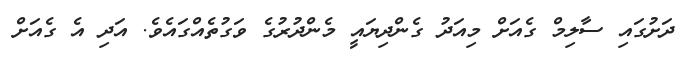
ދަށުގައި ސާލިމް ގެއަށް މިއަދު ގެންދިޔައީ މެންދުރުގެ ވަގުތެއްގައެވެ. އަދި އެ ގެއަށް